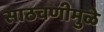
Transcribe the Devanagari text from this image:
साठवणीमुळे